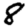
Digit: 8